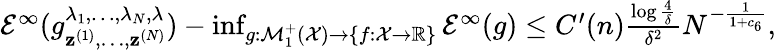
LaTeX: \begin{array}{r}{\mathcal{E}^{\infty}(g_{{\mathbf z}^{(1)},\ldots,{\mathbf z}^{(N)}}^{\lambda_{1},\ldots,\lambda_{N},\lambda})-\operatorname*{inf}_{g:\mathcal{M}_{1}^{+}(\mathcal{X})\to\left\{ f:\mathcal{X}\to\mathbb{R}\right\} }\mathcal{E}^{\infty}(g)\le C^{\prime}(n)\frac{\log\frac{4}{\delta}}{\delta^{2}}N^{-\frac{1}{1+c_{6}}},}\end{array}